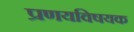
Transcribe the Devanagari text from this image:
प्रणयविषयक